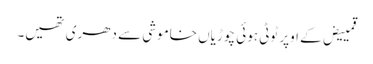
قمییض کے اوپر ٹوٹی ہوئی چوڑیاں خاموشی سے دھری تھیں۔